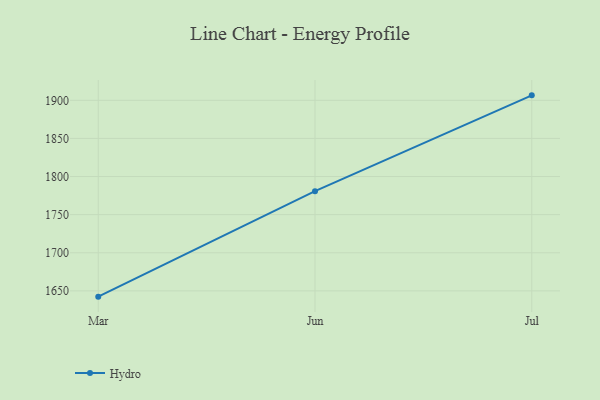
{"axis": {"x": "Month", "y": "Energy Usage (MWh)"}, "legend": ["Hydro"], "data": [{"x": "Mar", "y": 1642.4, "type": "Hydro"}, {"x": "Jun", "y": 1780.8, "type": "Hydro"}, {"x": "Jul", "y": 1906.5, "type": "Hydro"}]}